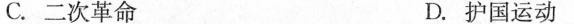
C.二次革命 D.护国运动